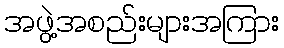
အဖွဲ့အစည်းများအကြား